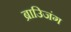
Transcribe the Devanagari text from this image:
ब्राउिजंग